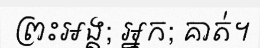
ព្រះអង្គ; អ្នក; គាត់។